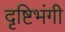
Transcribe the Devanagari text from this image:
दृष्टिभंगी